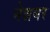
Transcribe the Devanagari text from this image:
नेन्नयर